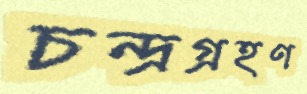
চন্দ্রগ্রহণ